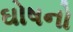
ઘોષનો